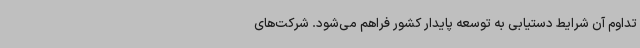
تداوم آن شرایط دستیابی به توسعه پایدار کشور فراهم می‌شود. شرکت‌های